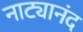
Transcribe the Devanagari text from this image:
नाट्यानंद